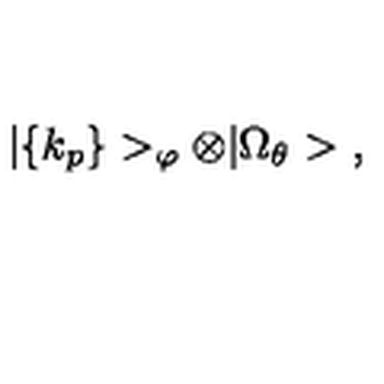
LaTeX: | \{ k _ { p } \} > _ { \varphi } \otimes | \Omega _ { \theta } > \ ,